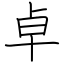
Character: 卓